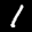
Label: 1